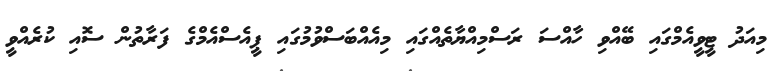
މިއަދު ޓީވީއެމްގައި ބޭއްވި ހާއްސަ ރަސްމިއްޔާތެއްގައި މިއެއްބަސްވުމުގައި ޕީއެސްއެމްގެ ފަރާތުން ސޮއި ކުރެއްވީ